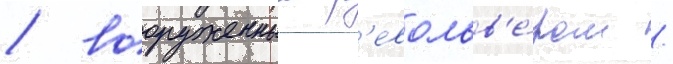
/ вооруженныи р'евольв'е́ром /